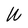
Character: U